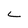
Character: L